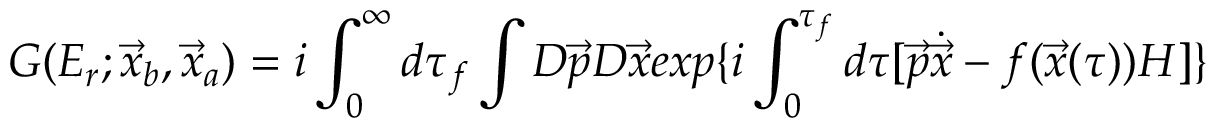
G ( E _ { r } ; \vec { x } _ { b } , \vec { x } _ { a } ) = i \int _ { 0 } ^ { \infty } d \tau _ { f } \int { \cal D } \vec { p } { \cal D } \vec { x } e x p \{ i \int _ { 0 } ^ { \tau _ { f } } d \tau [ \vec { p } \dot { \vec { x } } - f ( \vec { x } ( \tau ) ) H ] \}